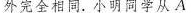
外完全相同。小明同学从A